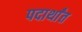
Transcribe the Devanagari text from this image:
पदार्थांंत